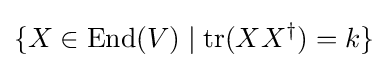
\{X\in \mathrm {End} (V)\mid \mathrm {tr} (XX^{\dagger })=k\}